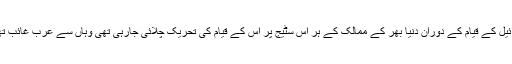
اسرائیل کے قیام کے دوران دنیا بھر کے ممالک کے ہر اس سٹیج پر اس کے قیام کی تحریک چلائی جارہی تھی وہاں سے عرب غائب تھے۔